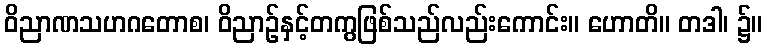
ဝိညာဏသဟဂတောစ၊ ဝိညာဉ်နှင့်တကွဖြစ်သည်လည်းကောင်း။ ဟောတိ။ တဒါ၊ ၌။